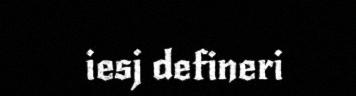
iesj defineri